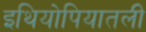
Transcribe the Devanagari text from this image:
इथियोपियातली